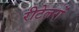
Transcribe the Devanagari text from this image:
रीटेलरों